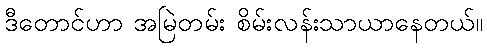
ဒီတောင်ဟာ အမြဲတမ်း စိမ်းလန်းသာယာနေတယ်။